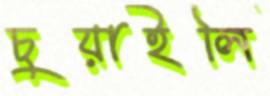
চুয়াইলি